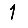
Digit: 1